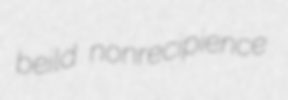
beild nonrecipience